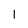
Character: 1